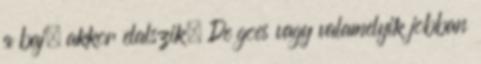
a baj, akkor elalszik. De goes vagy valamelyik jobban